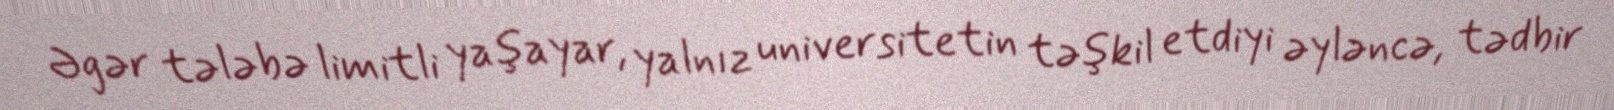
Əgər tələbə limitli yaşayar, yalnız universitetin təşkil etdiyi əyləncə, tədbir